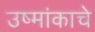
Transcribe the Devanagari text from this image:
उष्मांकाचे